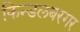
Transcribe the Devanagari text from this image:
किन्डलबरगर